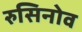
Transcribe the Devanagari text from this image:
रुसिनोव